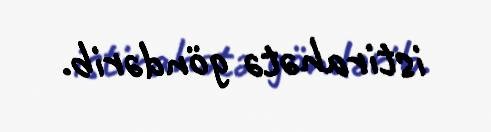
istirahətə göndərib.